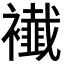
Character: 𧞬